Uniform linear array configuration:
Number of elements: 4
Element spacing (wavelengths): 1
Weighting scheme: blackman
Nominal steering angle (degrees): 15
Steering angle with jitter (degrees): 14.885
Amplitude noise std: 0.05
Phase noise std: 0.05

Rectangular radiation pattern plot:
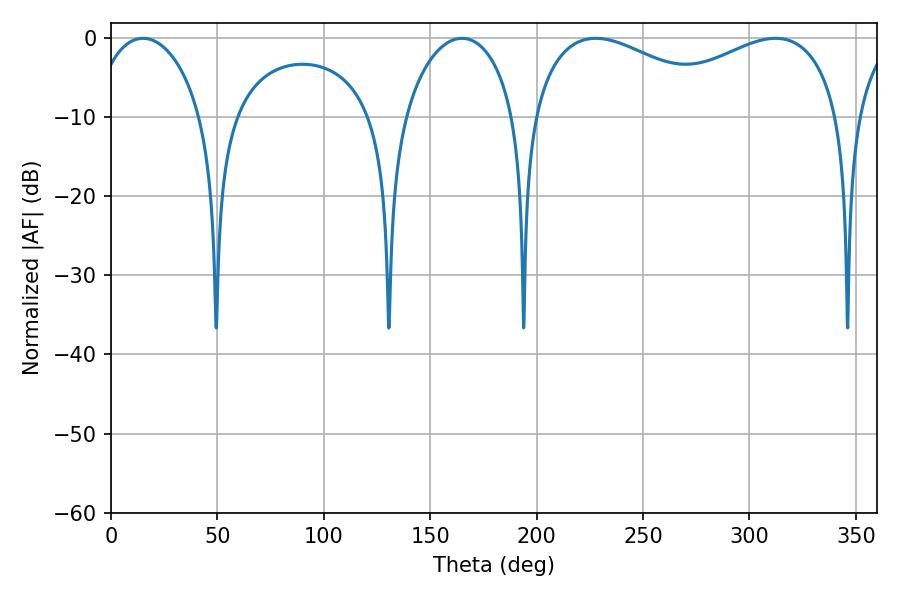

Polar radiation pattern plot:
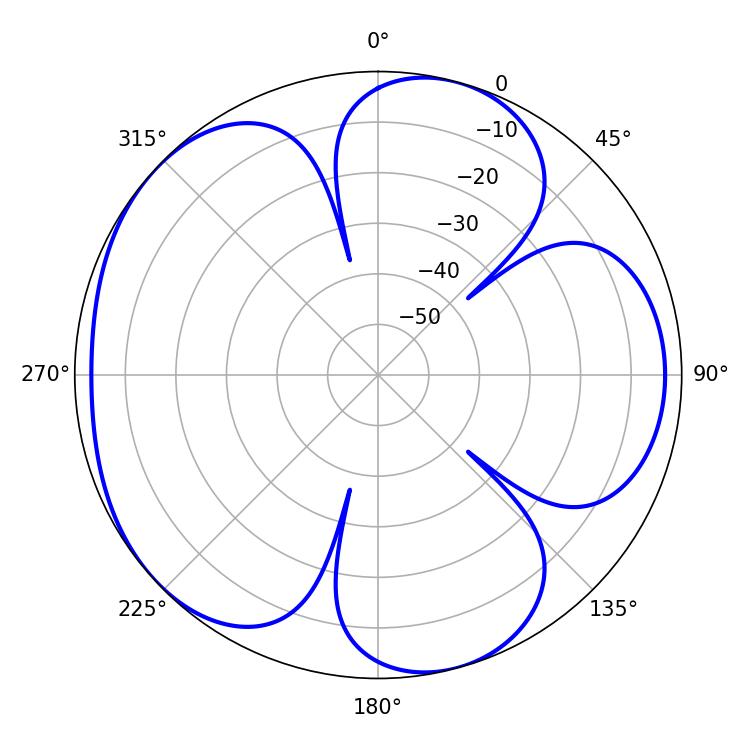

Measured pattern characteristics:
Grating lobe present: TRUE
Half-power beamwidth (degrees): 52.38
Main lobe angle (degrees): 227.7